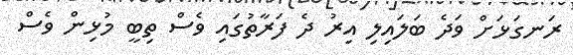
ރަނގަޅަށް ވަދެ ބަލައިލި އިރު ދެ ފަރާތުގައި ވެސް ތިބީ މުޅިން ވެސް